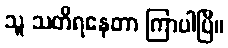
သူ သတိရနေတာ ကြာပါပြီ။